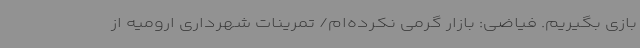
بازی بگیریم. فیاضی: بازار گرمی نکرده‌ام/ تمرینات شهرداری ارومیه از